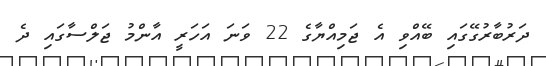
ދަރުބާރުގޭގައި ބޭއްވި އެ ޖަމިއްޔާގެ 22 ވަނަ އަހަރީ އާންމު ޖަލްސާގައި ދެ